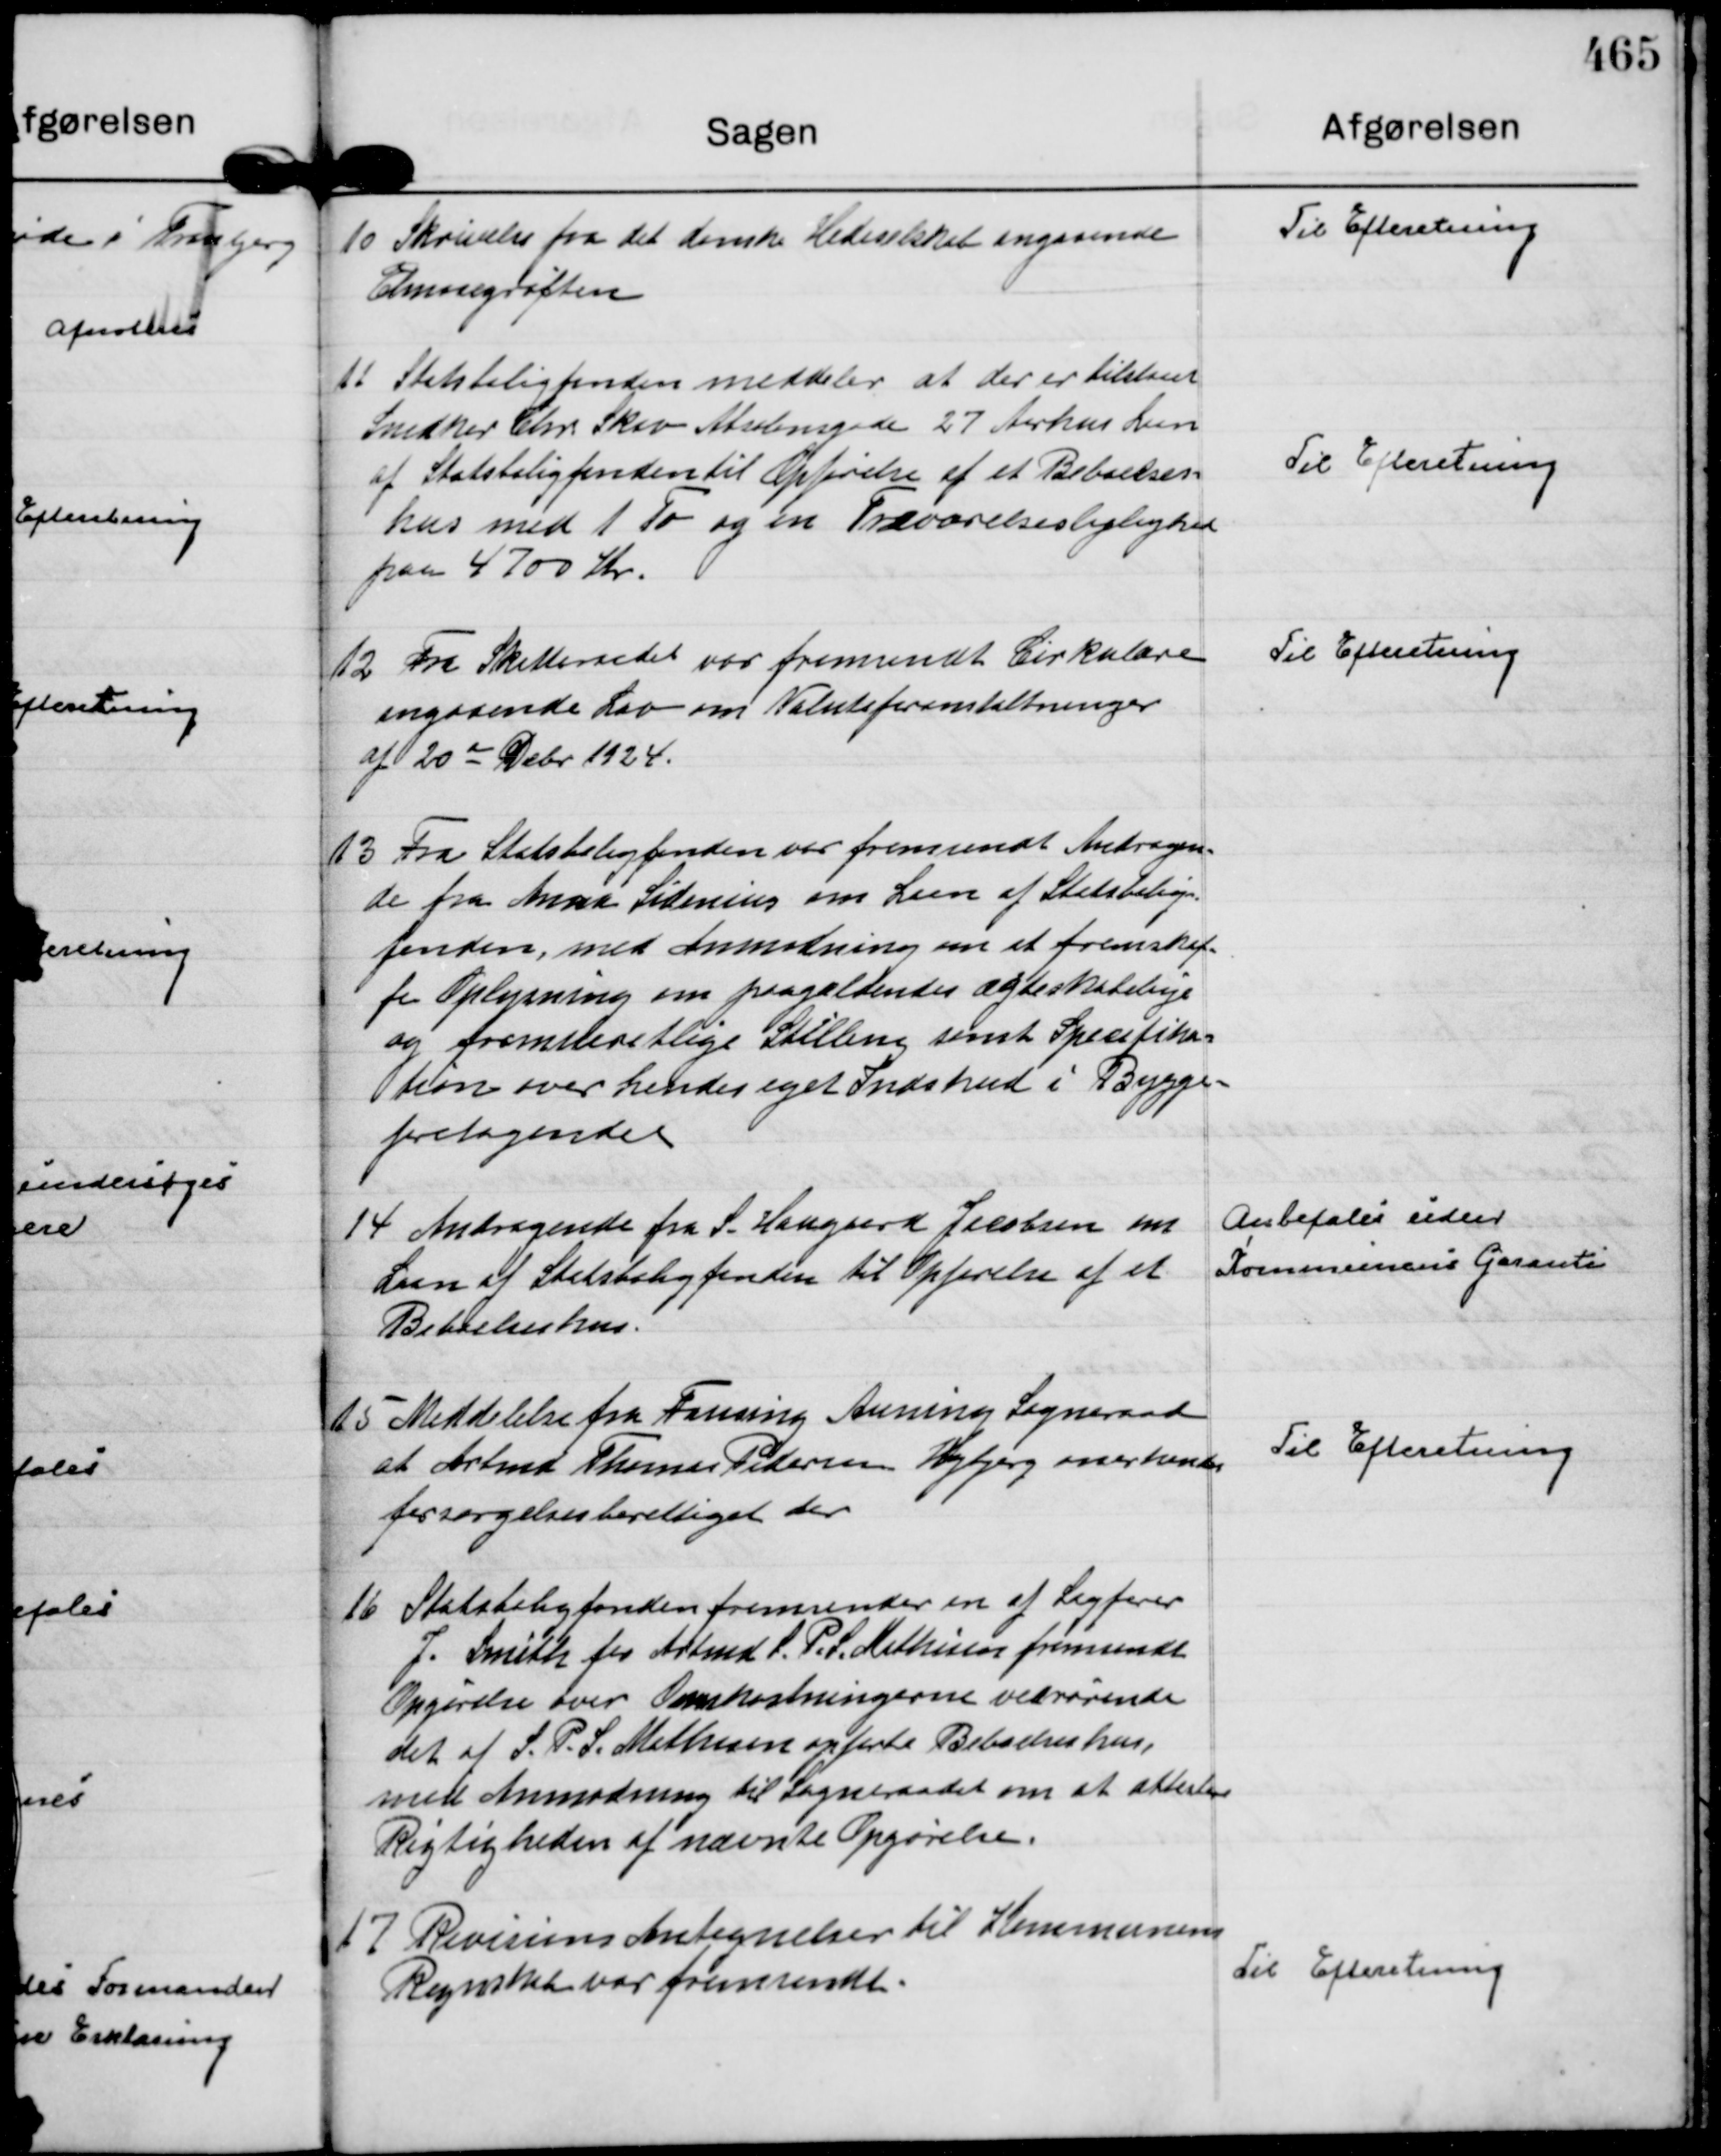
Transskription:
10
Skrivelse fra det danske Hedeselskab angaaende
Elmosegrøften

Til Efteretning

11
Statsboligfonden meddeler at der er tilstaaet
Snedker Chr. Skov Absalonsgade 27 Aarhus Laan
af Statsboligfonden til Opførelse af et Beboelses=
hus med 1 To og en Treværelseslejlighed
paa 4700 Kr.

Til Efteretning

12
Fra Skatteraadet var fremsendt Cirkulære
angaaende Lov om Valutaforanstaltninger
af 20 de Dcbr 1924.

Til Efteretning

13
Fra Statsboligfonden var fremsendt Andragen=
de fra Anna Sidenius om Laan af Statsbolig=
fonden, med Anmodning om at fremskaf=
fe Oplysning om paagældendes ægteskabelige
og fremsteretlige Stilling samt Specifika=
tion over hendes eget Indskud i Bygge=
foretagendet

14
Andragende fra S. Haugaard Jacobsen om
Laan af Statsboligfonden til Opførelse af et
Beboelseshus.

Anbefales uden
Kommunens Garanti

15
Meddelelse fra Fausing Auning Sogneraad
at Arbmd Thomas Pedersen Højbjerg anerkendes
forsørgelsesberettiget der

Til Efteretning

16
Statsboligfonden fremsender en af Sagfører
J. Smith for Arbmd S. P. S. Mathisen fremsendt
Opgørelse over Omkostningerne vedrørende
det af S. P. S. Mathisen opførte Beboelseshus, 
med Anmodning til Sogneraadet om at attestere
Rigtigheden af nævnte Opgørelse.

17
Revisions Antegnelser til Kommunens
Regnskab var fremsendt.

Til Efteretning